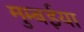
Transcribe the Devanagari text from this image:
मुम्बईया